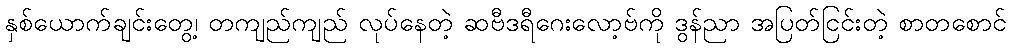
နှစ်ယောက်ချင်းတွေ့၊ တကျည်ကျည် လုပ်နေတဲ့ ဆဗီဒရီဂေးလော့ဗ်ကို ဒွန်ညာ အပြတ်ငြင်းတဲ့ စာတစောင်